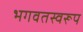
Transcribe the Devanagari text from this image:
भगवतस्वरूप